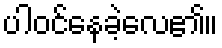
ပါဝင်နေခဲ့လေ၏။